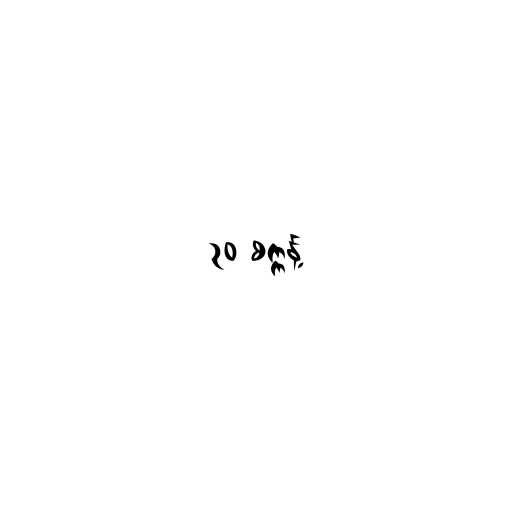
၃၀ စက္ကန့်